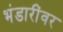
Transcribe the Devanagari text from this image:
भंडारींवर